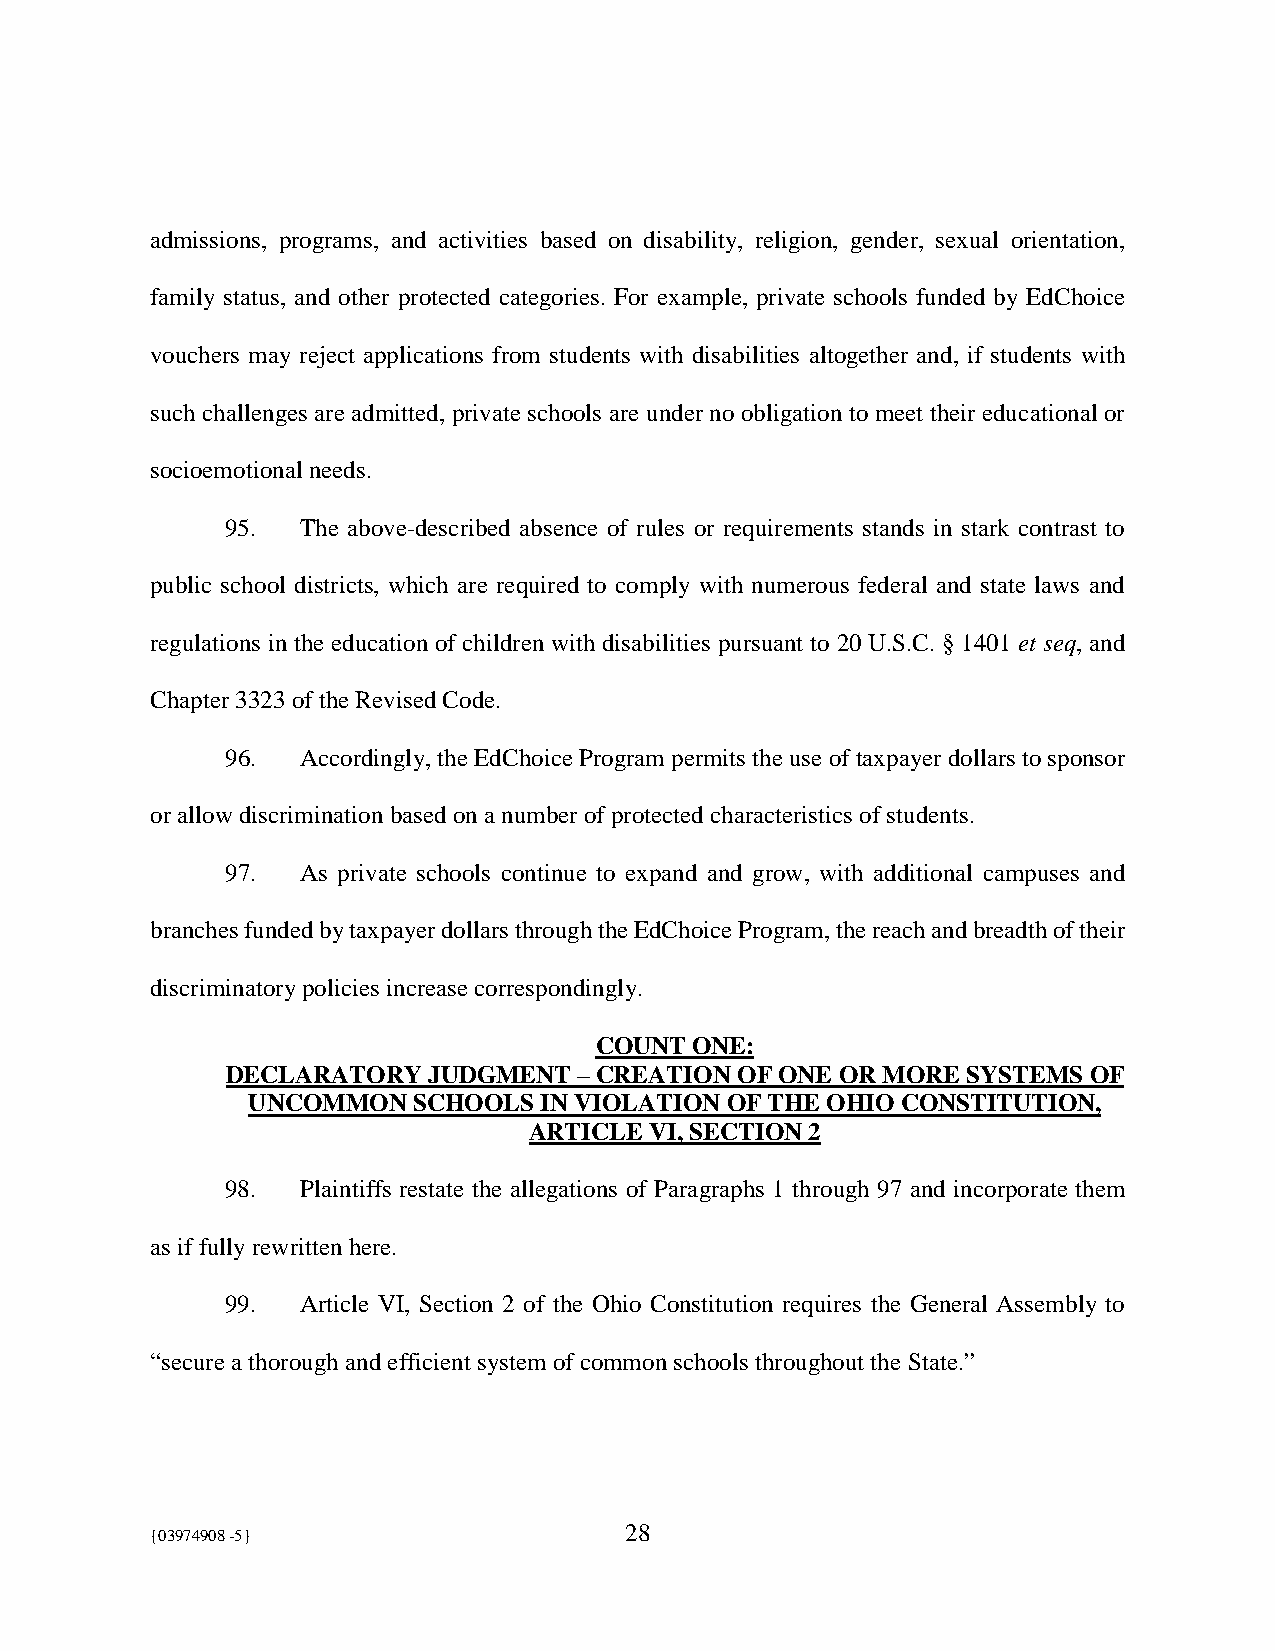
admissions, programs, and activities based on disability, religion, gender, sexual orientation,
 family status, and other protected categories. For example, private schools funded by EdChoice
 vouchers may reject applications from students with disabilities altogether and, if students with
 such challenges are admitted, private schools are under no obligation to meet their educational or
 socioemotional needs.
 95.  The above-described absence of rules or requirements stands in stark contrast to
 public school districts, which are required to comply with numerous federal and state laws and
 regulations in the education of children with disabilities pursuant to 20 U.S.C. § 1401 et seq, and
 Chapter 3323 of the Revised Code.
 96.  Accordingly, the EdChoice Program permits the use of taxpayer dollars to sponsor
 or allow discrimination based on a number of protected characteristics of students.
 97.  As private schools continue to expand and grow, with additional campuses and
 branches funded by taxpayer dollars through the EdChoice Program, the reach and breadth of their
 discriminatory policies increase correspondingly.
 COUNT  ONE:
 DECLARATORY  JUDGMENT  – CREATION OF ONE OR MORE SYSTEMS OF
 UNCOMMON   SCHOOLS  IN VIOLATION OF THE OHIO CONSTITUTION,
 ARTICLE VI, SECTION 2
 98.  Plaintiffs restate the allegations of Paragraphs 1 through 97 and incorporate them
 as if fully rewritten here.
 99.  Article VI, Section 2 of the Ohio Constitution requires the General Assembly to
 “secure a thorough and efficient system of common schools throughout the State.”
 {03974908 -5}                  28